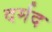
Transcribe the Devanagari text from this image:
दर्मद